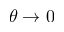
\theta \rightarrow 0